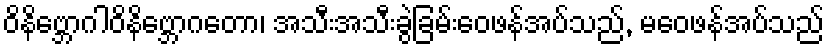
ဝိနိဗ္ဘောဂါဝိနိဗ္ဘောဂတော၊ အသီးအသီးခွဲခြမ်းဝေဖန်အပ်သည်, မဝေဖန်အပ်သည်